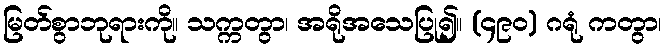
မြတ်စွာဘုရားကို။ သက္ကတွာ၊ အရိုအသေပြု၍။ (၄၉၀) ဂရုံ ကတွာ၊